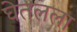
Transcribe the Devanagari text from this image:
घेतलला